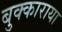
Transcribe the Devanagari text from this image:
बुक्काराया